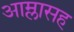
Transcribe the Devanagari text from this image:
आम्लासह